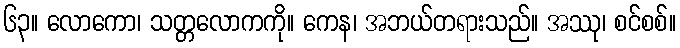
၆၃။ လောကော၊ သတ္တလောကကို။ ကေန၊ အဘယ်တရားသည်။ အဿု၊ စင်စစ်။